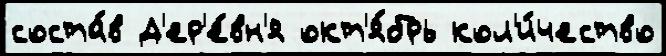
соста́в Д'ер'е́вн'я окт'я́брь кол'и́чество